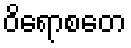
ဝိရောစတေ